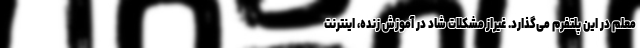
معلم در این پلتفرم می‌گذارد. غیراز مشکلات شاد در آموزش زنده، اینترنت